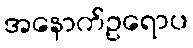
အနောက်ဥရောပ